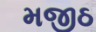
મજીઠ